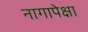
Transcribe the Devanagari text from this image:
नागापेक्षा